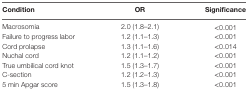
<table><thead><tr><td><b>Condition</b></td><td><b>OR</b></td><td><b>Significance</b></td></tr></thead><tbody><tr><td>Macrosomia</td><td>2.0 (1.8–2.1)</td><td>&lt;0.001</td></tr><tr><td>Failure to progress labor</td><td>1.2 (1.1–1.3)</td><td>&lt;0.001</td></tr><tr><td>Cord prolapse</td><td>1.3 (1.1–1.6)</td><td>&lt;0.014</td></tr><tr><td>Nuchal cord</td><td>1.2 (1.1–1.2)</td><td>&lt;0.001</td></tr><tr><td>True umbilical cord knot</td><td>1.5 (1.3–1.7)</td><td>&lt;0.001</td></tr><tr><td>C-section</td><td>1.2 (1.2–1.3)</td><td>&lt;0.001</td></tr><tr><td>5 min Apgar score</td><td>1.5 (1.3–1.8)</td><td>&lt;0.001</td></tr></tbody></table>